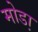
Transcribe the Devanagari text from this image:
मोडा़